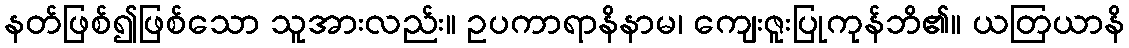
နတ်ဖြစ်၍ဖြစ်သော သူအားလည်း။ ဥပကာရာနိနာမ၊ ကျေးဇူးပြုကုန်ဘိ၏။ ယတြယာနိ